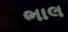
ભાલ